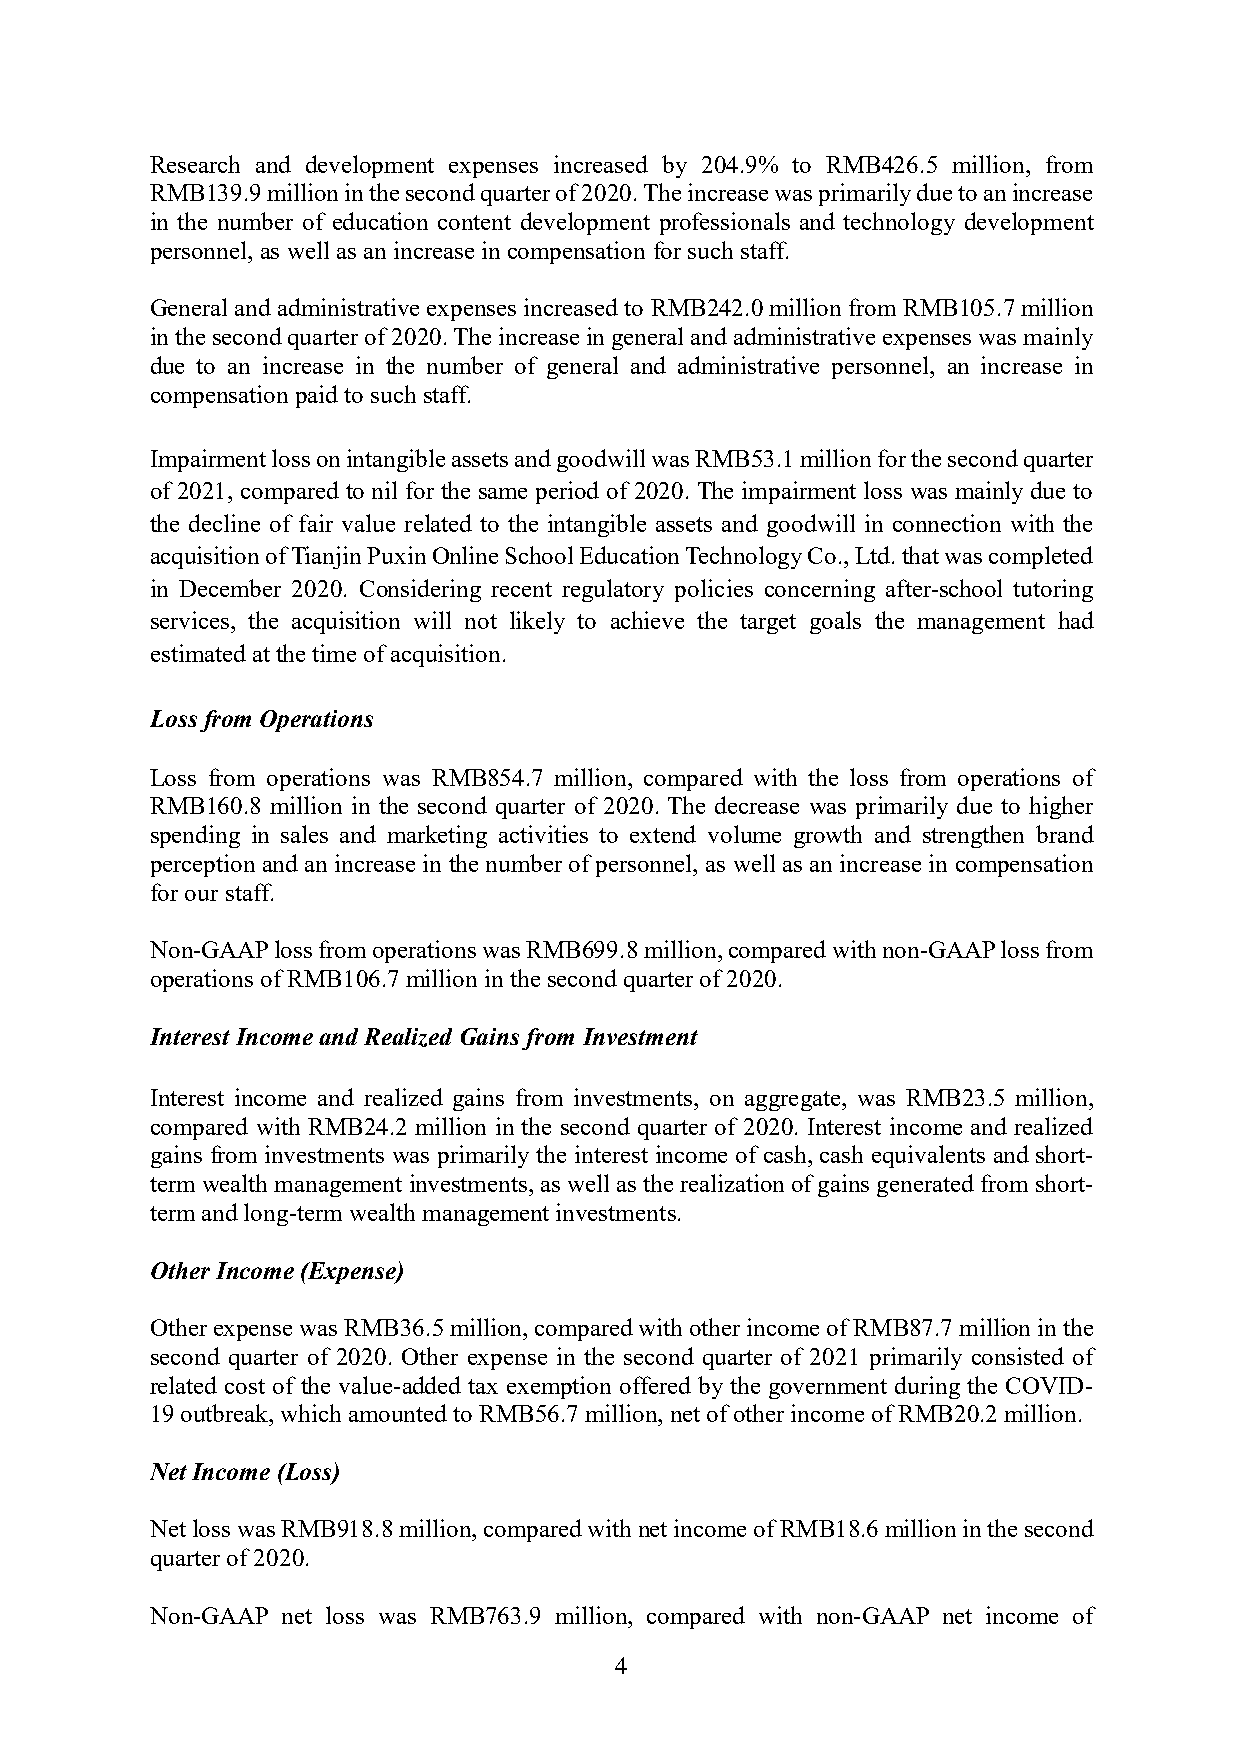
Research and development expenses increased by 204.9% to RMB426.5 million, from
 RMB139.9 million in the second quarter of 2020. The increase was primarily due to an increase
 in the number of education content development professionals and technology development
 personnel, as well as an increase in compensation for such staff.
 General and administrative expenses increased to RMB242.0 million from RMB105.7 million
 in the second quarter of 2020. The increase in general and administrative expenses was mainly
 due to an increase in the number of general and administrative personnel, an increase in
 compensation paid to such staff.
 Impairment loss on intangible assets and goodwill was RMB53.1 million for the second quarter
 of 2021, compared to nil for the same period of 2020. The impairment loss was mainly due to
 the decline of fair value related to the intangible assets and goodwill in connection with the
 acquisition of Tianjin Puxin Online School Education Technology Co., Ltd. that was completed
 in December 2020. Considering recent regulatory policies concerning after-school tutoring
 services, the acquisition will not likely to achieve the target goals the management had
 estimated at the time of acquisition.
 Loss from Operations
 Loss from operations was RMB854.7 million, compared with the loss from operations of
 RMB160.8 million in the second quarter of 2020. The decrease was primarily due to higher
 spending in sales and marketing activities to extend volume growth and strengthen brand
 perception and an increase in the number of personnel, as well as an increase in compensation
 for our staff.
 Non-GAAP loss from operations was RMB699.8 million, compared with non-GAAP loss from
 operations of RMB106.7 million in the second quarter of 2020.
 Interest Income and Realized Gains from Investment
 Interest income and realized gains from investments, on aggregate, was RMB23.5 million,
 compared with RMB24.2 million in the second quarter of 2020. Interest income and realized
 gains from investments was primarily the interest income of cash, cash equivalents and short-
 term wealth management investments, as well as the realization of gains generated from short-
 term and long-term wealth management investments.
 Other Income (Expense)
 Other expense was RMB36.5 million, compared with other income of RMB87.7 million in the
 second quarter of 2020. Other expense in the second quarter of 2021 primarily consisted of
 related cost of the value-added tax exemption offered by the government during the COVID-
 19 outbreak, which amounted to RMB56.7 million, net of other income of RMB20.2 million.
 Net Income (Loss)
 Net loss was RMB918.8 million, compared with net income of RMB18.6 million in the second
 quarter of 2020.
 Non-GAAP net loss was RMB763.9 million, compared with non-GAAP net income of
 4